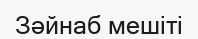
Зәйнаб мешіті